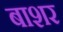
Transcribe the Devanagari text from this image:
बाशर